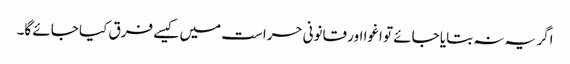
اگر یہ نہ بتایا جائے تو اغوا اور قانونی حراست میں کیسے فرق کیا جائے گا۔